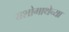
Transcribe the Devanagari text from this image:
यशोगाथेच्या